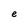
Character: e